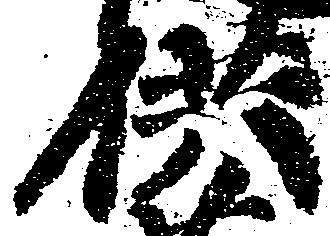
供